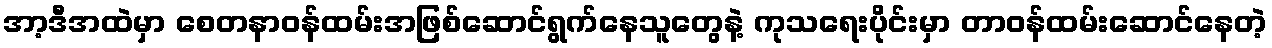
အာ့ဒီအထဲမှာ စေတနာဝန်ထမ်းအဖြစ်ဆောင်ရွက်နေသူတွေနဲ့ ကုသရေးပိုင်းမှာ တာဝန်ထမ်းဆောင်နေတဲ့